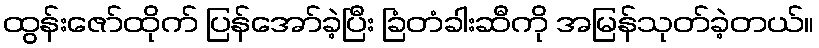
ထွန်းဇော်ထိုက် ပြန်အော်ခဲ့ပြီး ခြံတံခါးဆီကို အမြန်သုတ်ခဲ့တယ်။